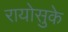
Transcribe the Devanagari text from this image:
रायोसुके